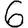
Digit: 6